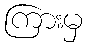
ကြားမှ